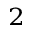
_ 2